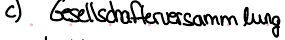
c) Gesellschaftversammlung